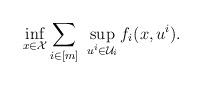
LaTeX: \begin{align*}\inf_{x \in \mathcal{X}} & \sum_{i \in [m]} \ \sup_{u^i \in \mathcal{U}_i} f_i(x,u^i). \end{align*}